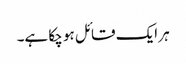
ہر ایک قائل ہو چکا ہے۔